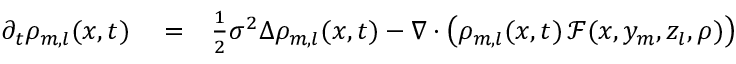
\begin{array} { r l r } { \partial _ { t } \rho _ { m , l } ( x , t ) } & { { } = } & { \frac { 1 } { 2 } \sigma ^ { 2 } \Delta \rho _ { m , l } ( x , t ) - \nabla \cdot \left( \rho _ { m , l } ( x , t ) \, \mathcal F ( x , y _ { m } , z _ { l } , \rho ) \right) } \end{array}